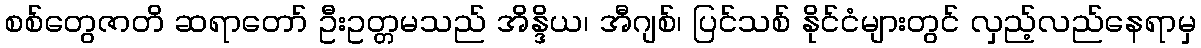
စစ်တွေဇာတိ ဆရာတော် ဦးဥတ္တမသည် အိန္ဒိယ၊ အီဂျစ်၊ ပြင်သစ် နိုင်ငံများတွင် လှည့်လည်နေရာမှ